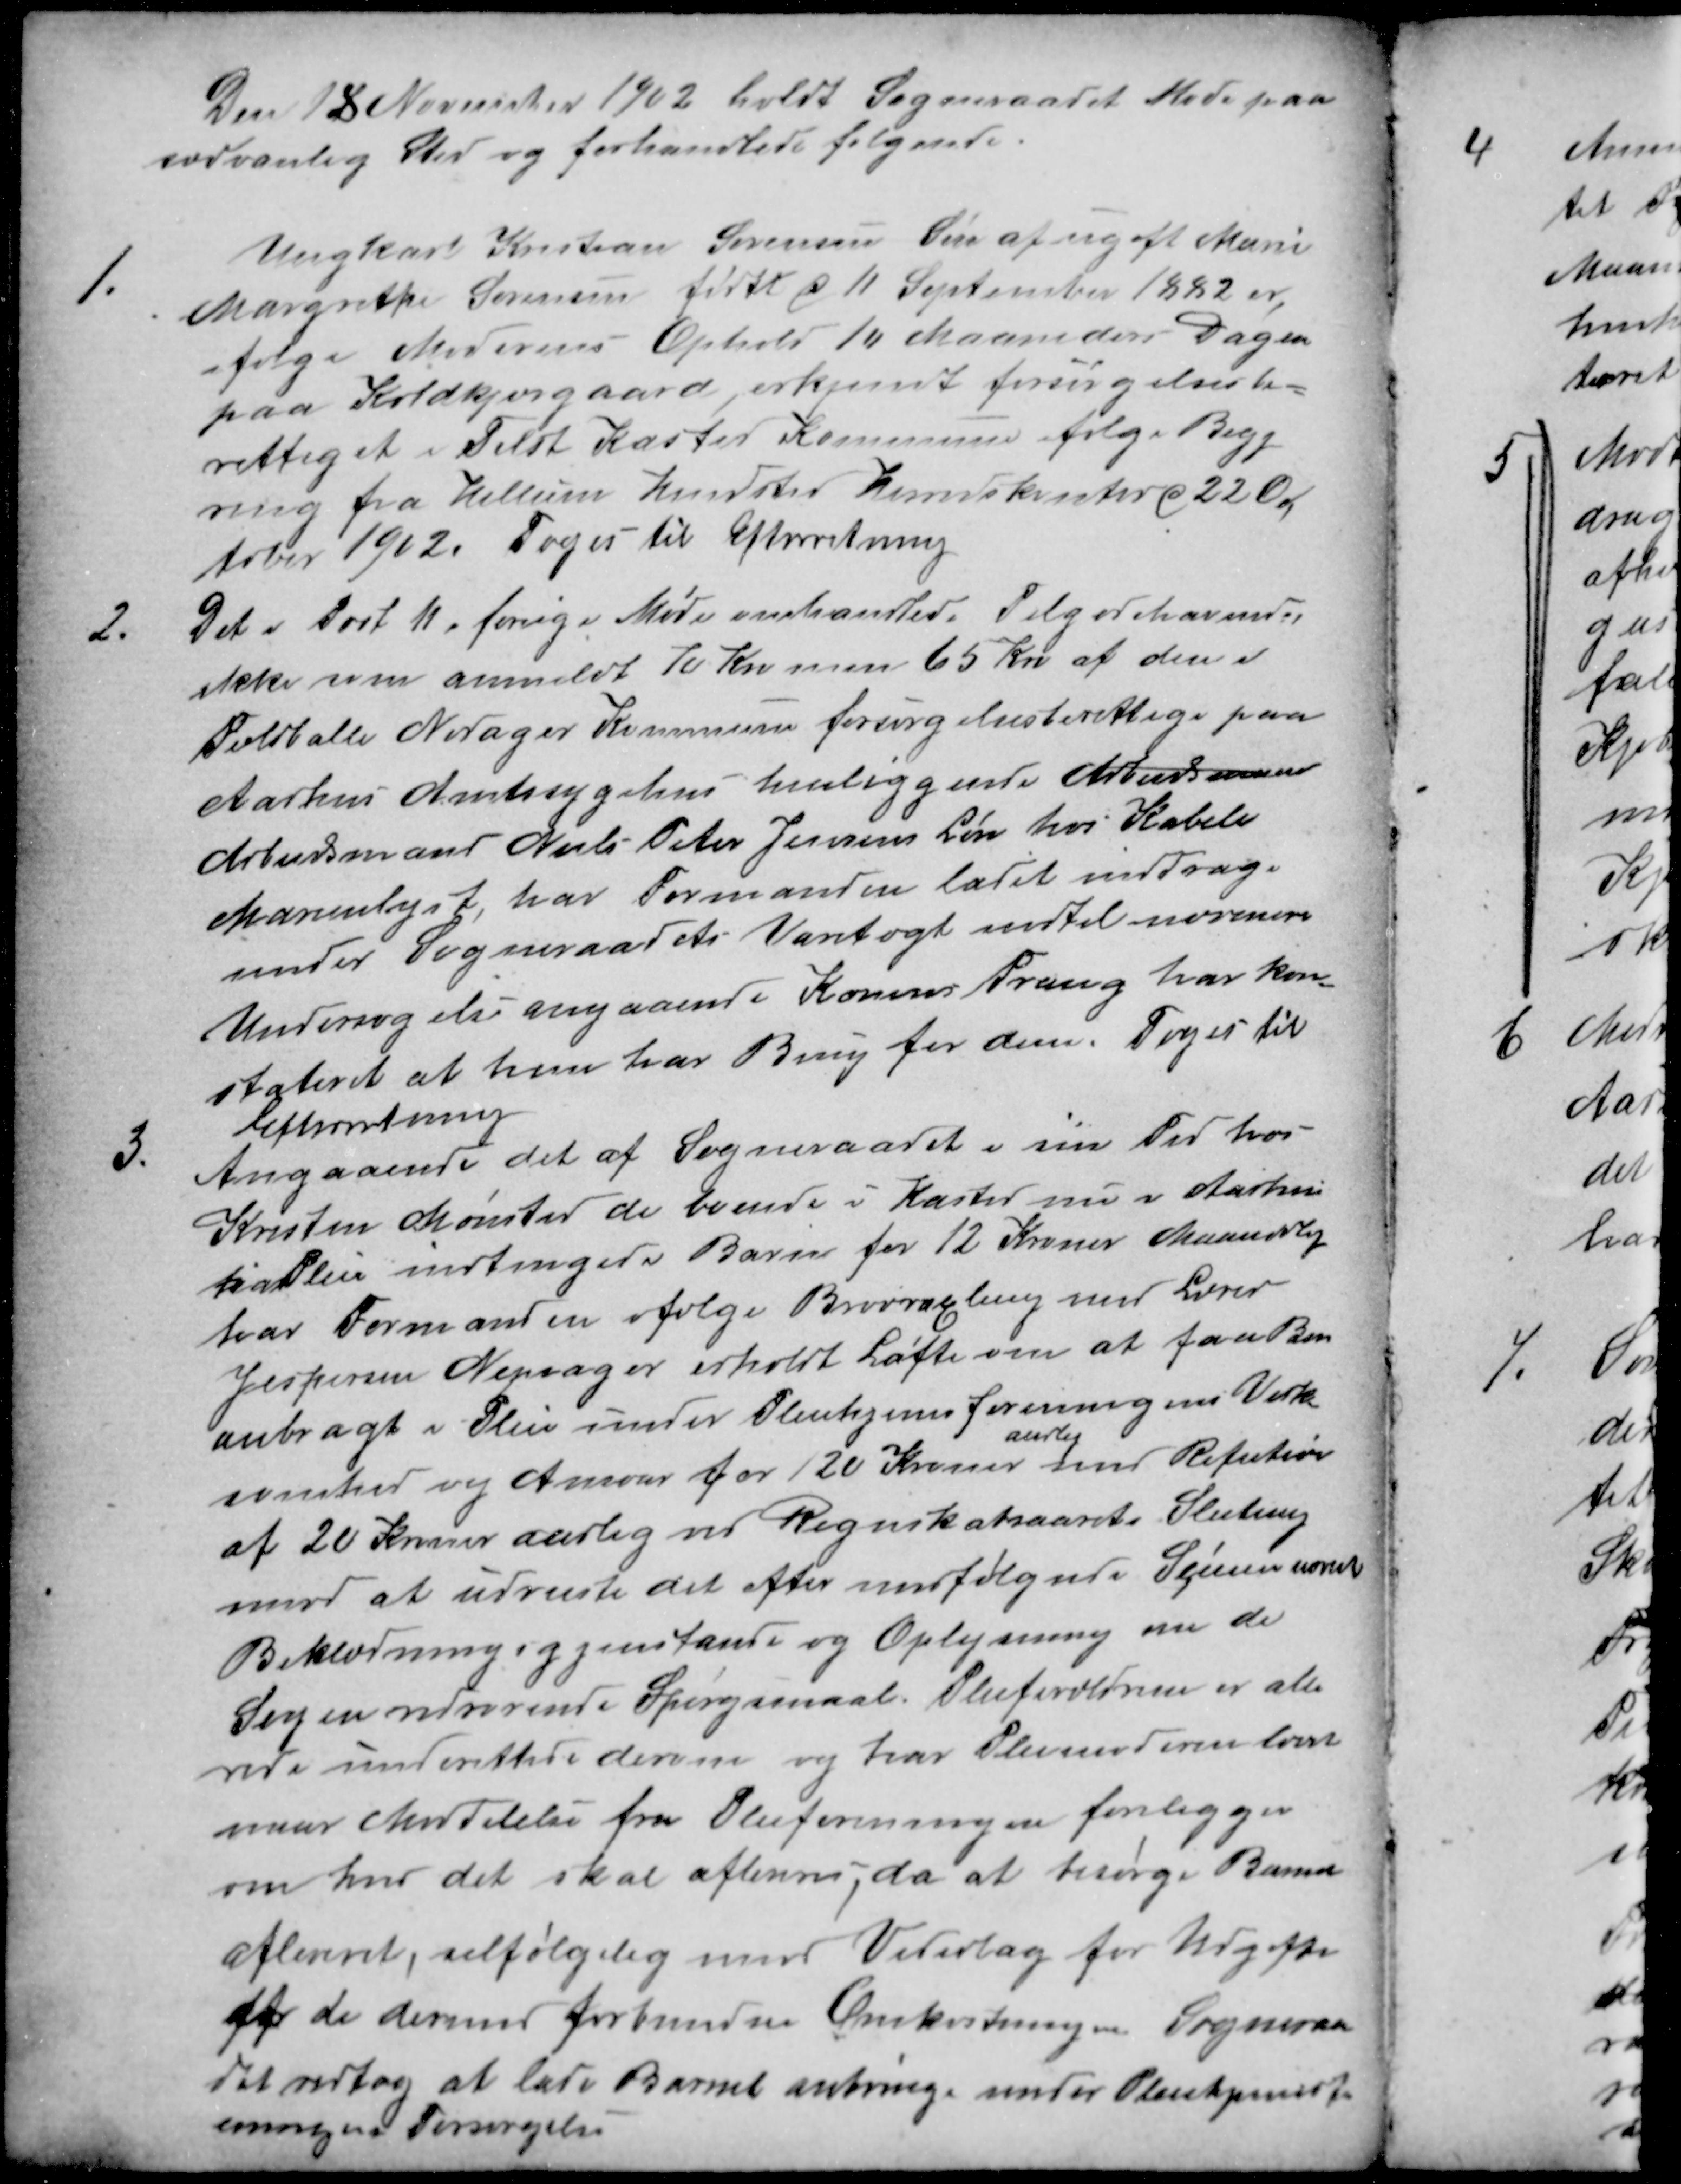
Transskription:
Den 18 November 1902 holdt Sogneraadet Møde paa
sædvanlig Sted og forhandlede følgende.
1.
Ungkarl Kristian Sørensens Søn af ugift Marie
Margrethe Sørensen fødte d 11 September 1882 er
ifølge Moderens Ophold 10 Maaneders Dagen
paa Koldkjærgaard erkjent forsørgelsesbe-
rettiget i Tilst Kasted Kommune ifølge Begj
ring fra Hellum Hindsted Herredskontor d 22 Ok
tober 1912. Toges til Efterretning
2.
Det i Post 11. forrige Møde omhandlede Tilgodehavende
ikke som anmeldt 70 Kr men 65 Kro af den i
Feldballe Nødager Kommune forsørgelsesberettige paa
Aarhus Amtssygehus henliggende Arbeidsmand
Arbeidsmand Niels Peter Jensens Løn hos Kabell
Marienlyst, har Formanden ladet inddrage
under Sogneraadets Varetægt indtil nærmere
Undersøgelse angaaende Konens Trang har kon
stateret at hun har Brug for dem. Toges til
Efterretning
3.
Angaaende det af Sogneraadet i sin Tid hos
Kristen Mønsted de boende i Kasted nu i Aarhus
i Pleie indtingede Barn for 12 Kroner Maanedlig
har Formanden ifølge Raadslagling med Lærer
Jespersen Nepsager erholdt Løfte om at faa Bar
anbragt i Pleie under Pleiehjemsforeningens Virk-
somhed og Ansvar for 120 Kroner
aarlig
mod Refution
af 20 Kroner aarlig ved Regnskabsaarets Slutning
imod at udrente det efter medfølgende Scemaer udrent
Beklædningsgjenstande og Oplysning om de
Sagen vedrørende Spørgsmaal. Pleieforældrene er alle
rede underettede derom og har Pleiemoderen lovet
naar Meddelelse fra Pleieforeningen foreligger
om hvor det skal afleveres, da at besørge Barnet
afleveret, selfølgelig mod Vederlag for Udgifter
for de dermed forbundne Omkostninger Sogneraa
det vedtog at lade Barnet anbringe under Pleietjenstfor
eningens Forsørgelse